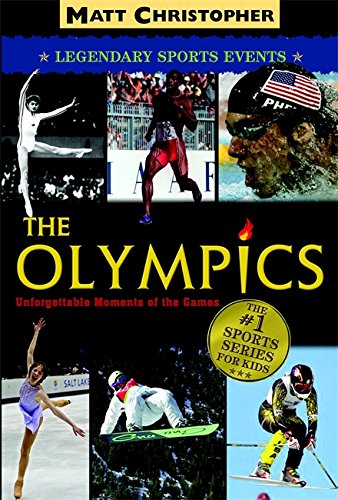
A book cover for The Olympics: Legendary Sports Events (Matt Christopher Legendary Sports Events); Matt Christopher; Children's Books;